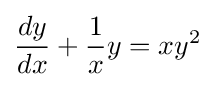
{\frac {dy}{dx}}+{\frac {1}{x}}y=xy^{2}